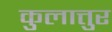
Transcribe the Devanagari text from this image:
कुलात्तुर